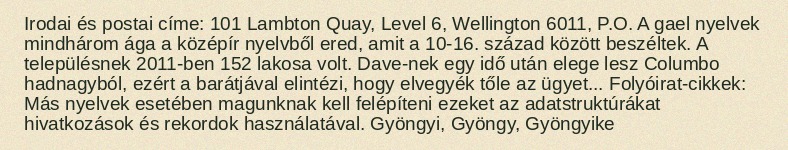
Irodai és postai címe: 101 Lambton Quay, Level 6, Wellington 6011, P.O. A gael nyelvek mindhárom ága a középír nyelvből ered, amit a 10-16. század között beszéltek. A településnek 2011-ben 152 lakosa volt. Dave-nek egy idő után elege lesz Columbo hadnagyból, ezért a barátjával elintézi, hogy elvegyék tőle az ügyet... Folyóirat-cikkek: Más nyelvek esetében magunknak kell felépíteni ezeket az adatstruktúrákat hivatkozások és rekordok használatával. Gyöngyi, Gyöngy, Gyöngyike